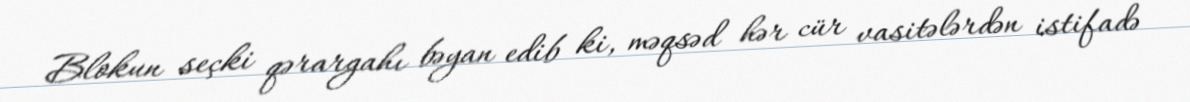
Blokun seçki qərargahı bəyan edib ki, məqsəd hər cür vasitələrdən istifadə